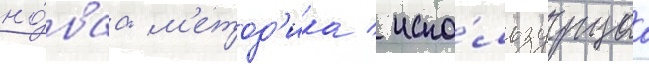
но́ваа -м'етод'ика / испо́льзуущаа